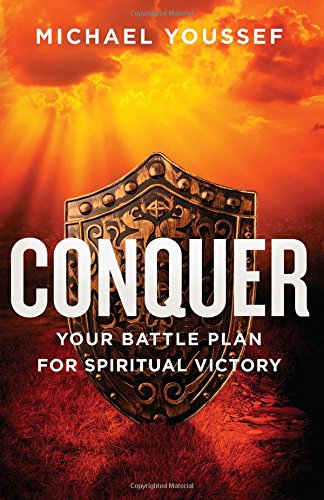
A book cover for Conquer: Your Battle Plan for Spiritual Victory; Michael Youssef; Christian Books & Bibles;